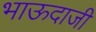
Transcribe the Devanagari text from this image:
भाऊदाजी